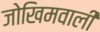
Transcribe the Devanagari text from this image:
जोखिमवाली